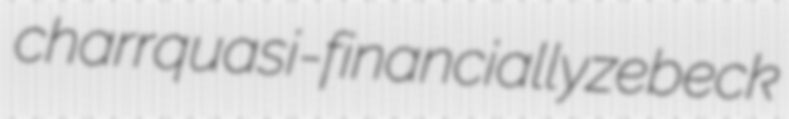
charr quasi-financially zebeck